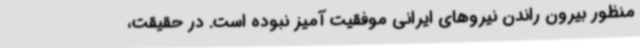
منظور بیرون راندن نیروهای ایرانی موفقیت آمیز نبوده است. در حقیقت،